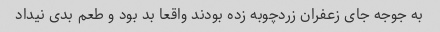
به جوجه جای زعفران زردچوبه زده بودند واقعا بد بود و طعم بدی نیداد